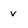
Character: v